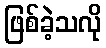
ဖြစ်ခဲ့သလို